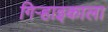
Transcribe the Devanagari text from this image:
गिऱ्हाइकाला